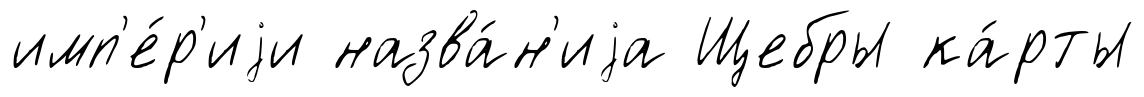
имп'е́р'иjи назва́н'иjа Щебры ка́рты